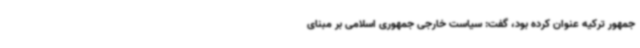
جمهور ترکیه عنوان کرده بود، گفت: سیاست خارجی جمهوری اسلامی بر مبنای